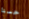
حسنا